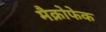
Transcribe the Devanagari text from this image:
मैक्रोफेक